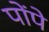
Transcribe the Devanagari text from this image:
पोंपे